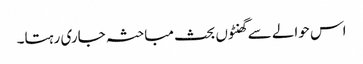
اس حوالے سے گھنٹوں بحث مباحثہ جاری رہتا۔